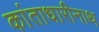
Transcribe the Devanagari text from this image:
कांताधारीनाथ